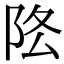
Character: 𨸻